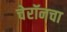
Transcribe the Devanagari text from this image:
चेरॉनचा